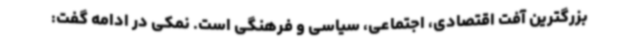
بزرگترین آفت اقتصادی، اجتماعی، سیاسی و فرهنگی است. نمکی در ادامه گفت: